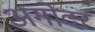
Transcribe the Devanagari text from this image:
अगोदर